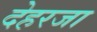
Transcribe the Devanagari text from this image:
देहरजा